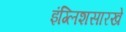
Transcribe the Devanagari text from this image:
इंग्लिशसारखे